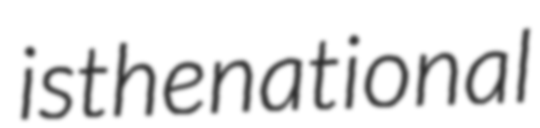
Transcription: is the national